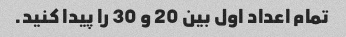
تمام اعداد اول بین 20 و 30 را پیدا کنید.